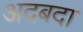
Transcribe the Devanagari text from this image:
अदबदा